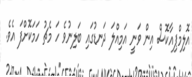
އޮލިމްޕިއާކޮސް އިން ވަނީ އަމިއްލަ ދަނޑުގައި ބަލިނުވެ ހަ މެޗު ހަމަކޮށްފަ އެވެ.